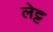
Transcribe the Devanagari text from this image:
लेट्ट